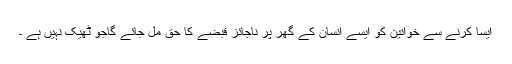
ایسا کرنے سے خواتین کو ایسے انسان کے گھر پر ناجائز قبضے کا حق مل جائے گاجو ٹھیک نہیں ہے ۔